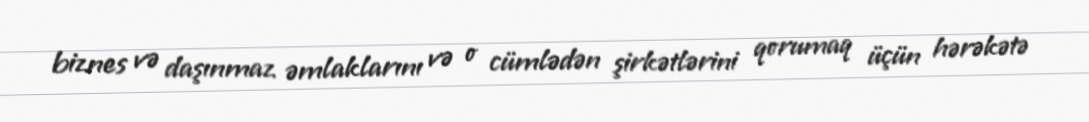
biznes və daşınmaz əmlaklarını və o cümlədən şirkətlərini qorumaq üçün hərəkətə